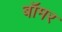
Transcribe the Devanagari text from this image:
बॉमर